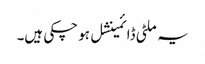
یہ ملٹی ڈائمینشل ہو چکی ہیں۔